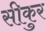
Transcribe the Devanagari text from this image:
सीकुर